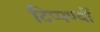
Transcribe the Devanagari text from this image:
टिप्पण्यों